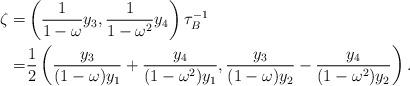
LaTeX: \begin{align*}\zeta=&\left(\dfrac{1}{1-\omega}y_3, \dfrac{1}{1-\omega^2}y_4\right)\tau_B^{-1} \\=&\frac{1}{2}\left( \frac{y_3}{(1-\omega)y_1}+ \frac{y_4}{(1-\omega^2)y_1}, \frac{y_3}{(1-\omega)y_2}- \frac{y_4}{(1-\omega^2)y_2}\right). \end{align*}